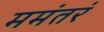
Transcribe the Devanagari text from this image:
ममंतरं